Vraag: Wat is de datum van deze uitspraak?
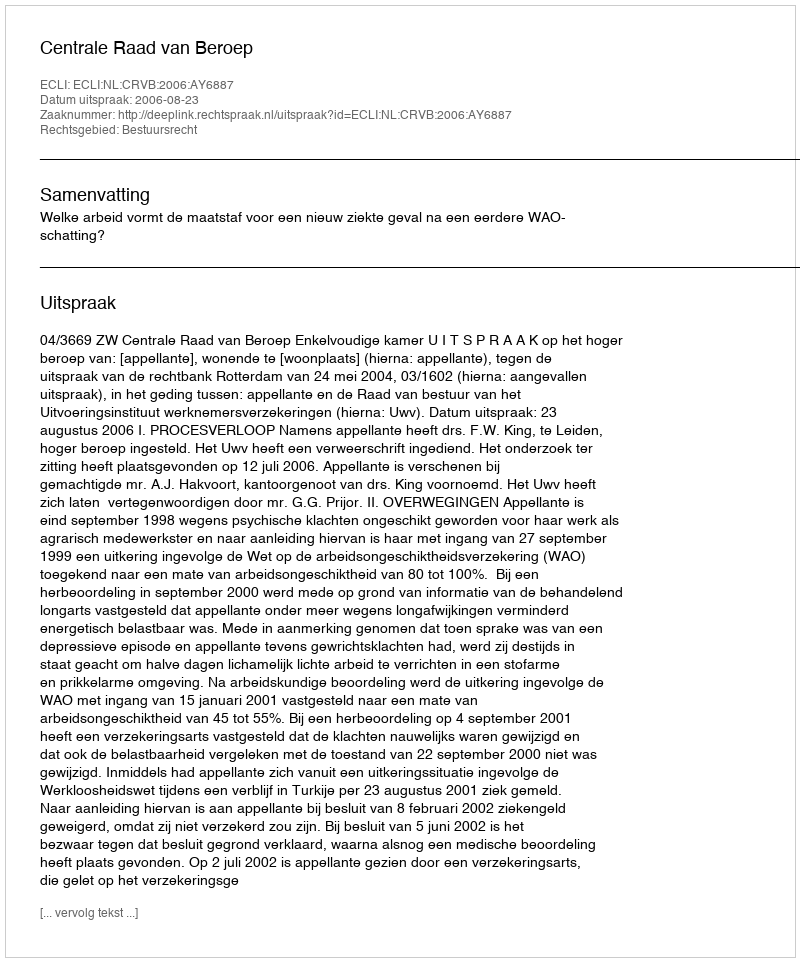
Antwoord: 2006-08-23